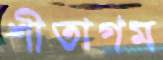
শীতাগম